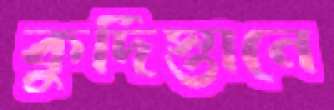
কুর্দিস্তানে